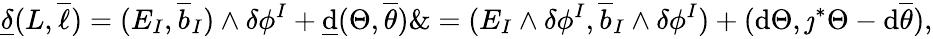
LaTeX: \underline{{\delta}}(L,\overline{{\ell}})=(E_{I},\overline{{b}}_{I})\wedge\delta\phi^{I}+\underline{{\mathrm{d}}}(\Theta,\overline{{\theta}})\& =(E_{I}\wedge\delta\phi^{I},\overline{{b}}_{I}\wedge\delta\phi^{I})+(\mathrm{d}\Theta,\jmath^{*}\Theta-\mathrm{d}\overline{{\theta}}),